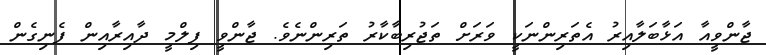
ޖާންވީއާ އަޅާބަލާއިރު އެތަރިންނަކީ ވަރަށް ތަޖުރިބާކާރު ތަރިންނެވެ. ޖާންވީ ފިލްމީ ދާއިރާއިން ފެނިގެން